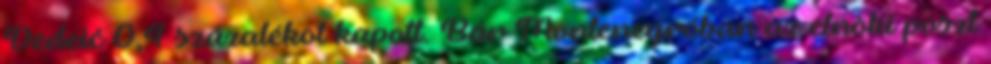
Dedeić 0,4 százalékot kapott. Bár Montenegróban az elnöki poszt